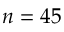
n = 4 5